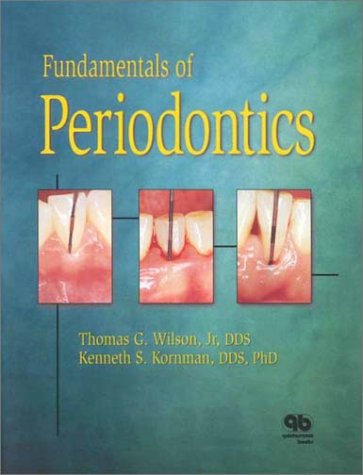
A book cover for Fundamentals of Periodontics; Thomas G. Wilson; Medical Books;